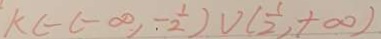
k c - ( - \infty , - \frac { 1 } { 2 } ) \cup ( \frac { 1 } { 2 } , + \infty )